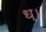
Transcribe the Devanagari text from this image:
ध्।